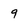
Character: 9